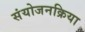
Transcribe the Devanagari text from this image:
संयोजनक्रिया